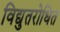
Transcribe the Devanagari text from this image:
विद्युतरोधित